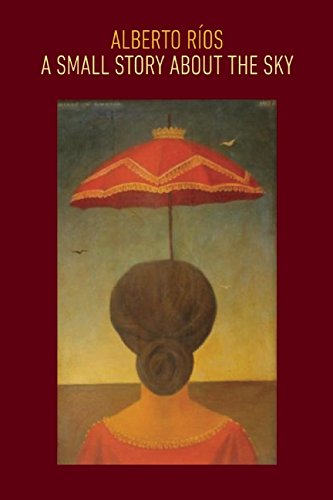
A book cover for A Small Story about the Sky; Alberto RÃ­os; Literature & Fiction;